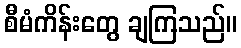
စီမံကိန်းတွေ ချကြသည်။